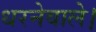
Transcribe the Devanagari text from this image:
धरनेवाले।